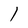
Character: l